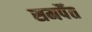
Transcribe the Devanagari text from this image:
समर्पैत